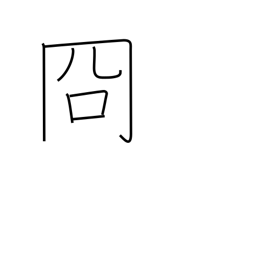
Meaning: clear